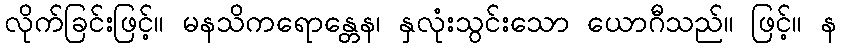
လိုက်ခြင်းဖြင့်။ မနသိကရောန္တေန၊ နှလုံးသွင်းသော ယောဂီသည်။ ဖြင့်။ န